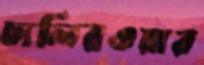
ঢালিরওয়ার